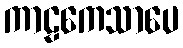
ကာဠကေသာပေ